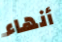
أنهاء